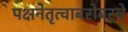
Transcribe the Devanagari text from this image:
पक्षनेतृत्वाबरोबरचे